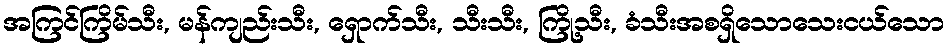
အကြင်ကြိမ်သီး, မန်ကျည်းသီး, ရှောက်သီး, သီးသီး, ကြို့သီး, ခံသီးအစရှိသောသေးငယ်သော